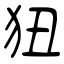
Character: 狃